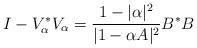
LaTeX: \begin{align*}I-V_{\alpha}^*V_{\alpha} = \frac{1-|\alpha|^2}{|1-\alpha A|^2}B^*B\end{align*}